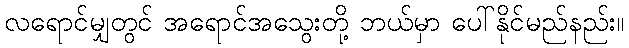
လရောင်မျှတွင် အရောင်အသွေးတို့ ဘယ်မှာ ပေါ်နိုင်မည်နည်း။